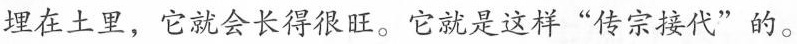
埋在土里，它就会长得很旺。它就是这样”传宗接代”的。